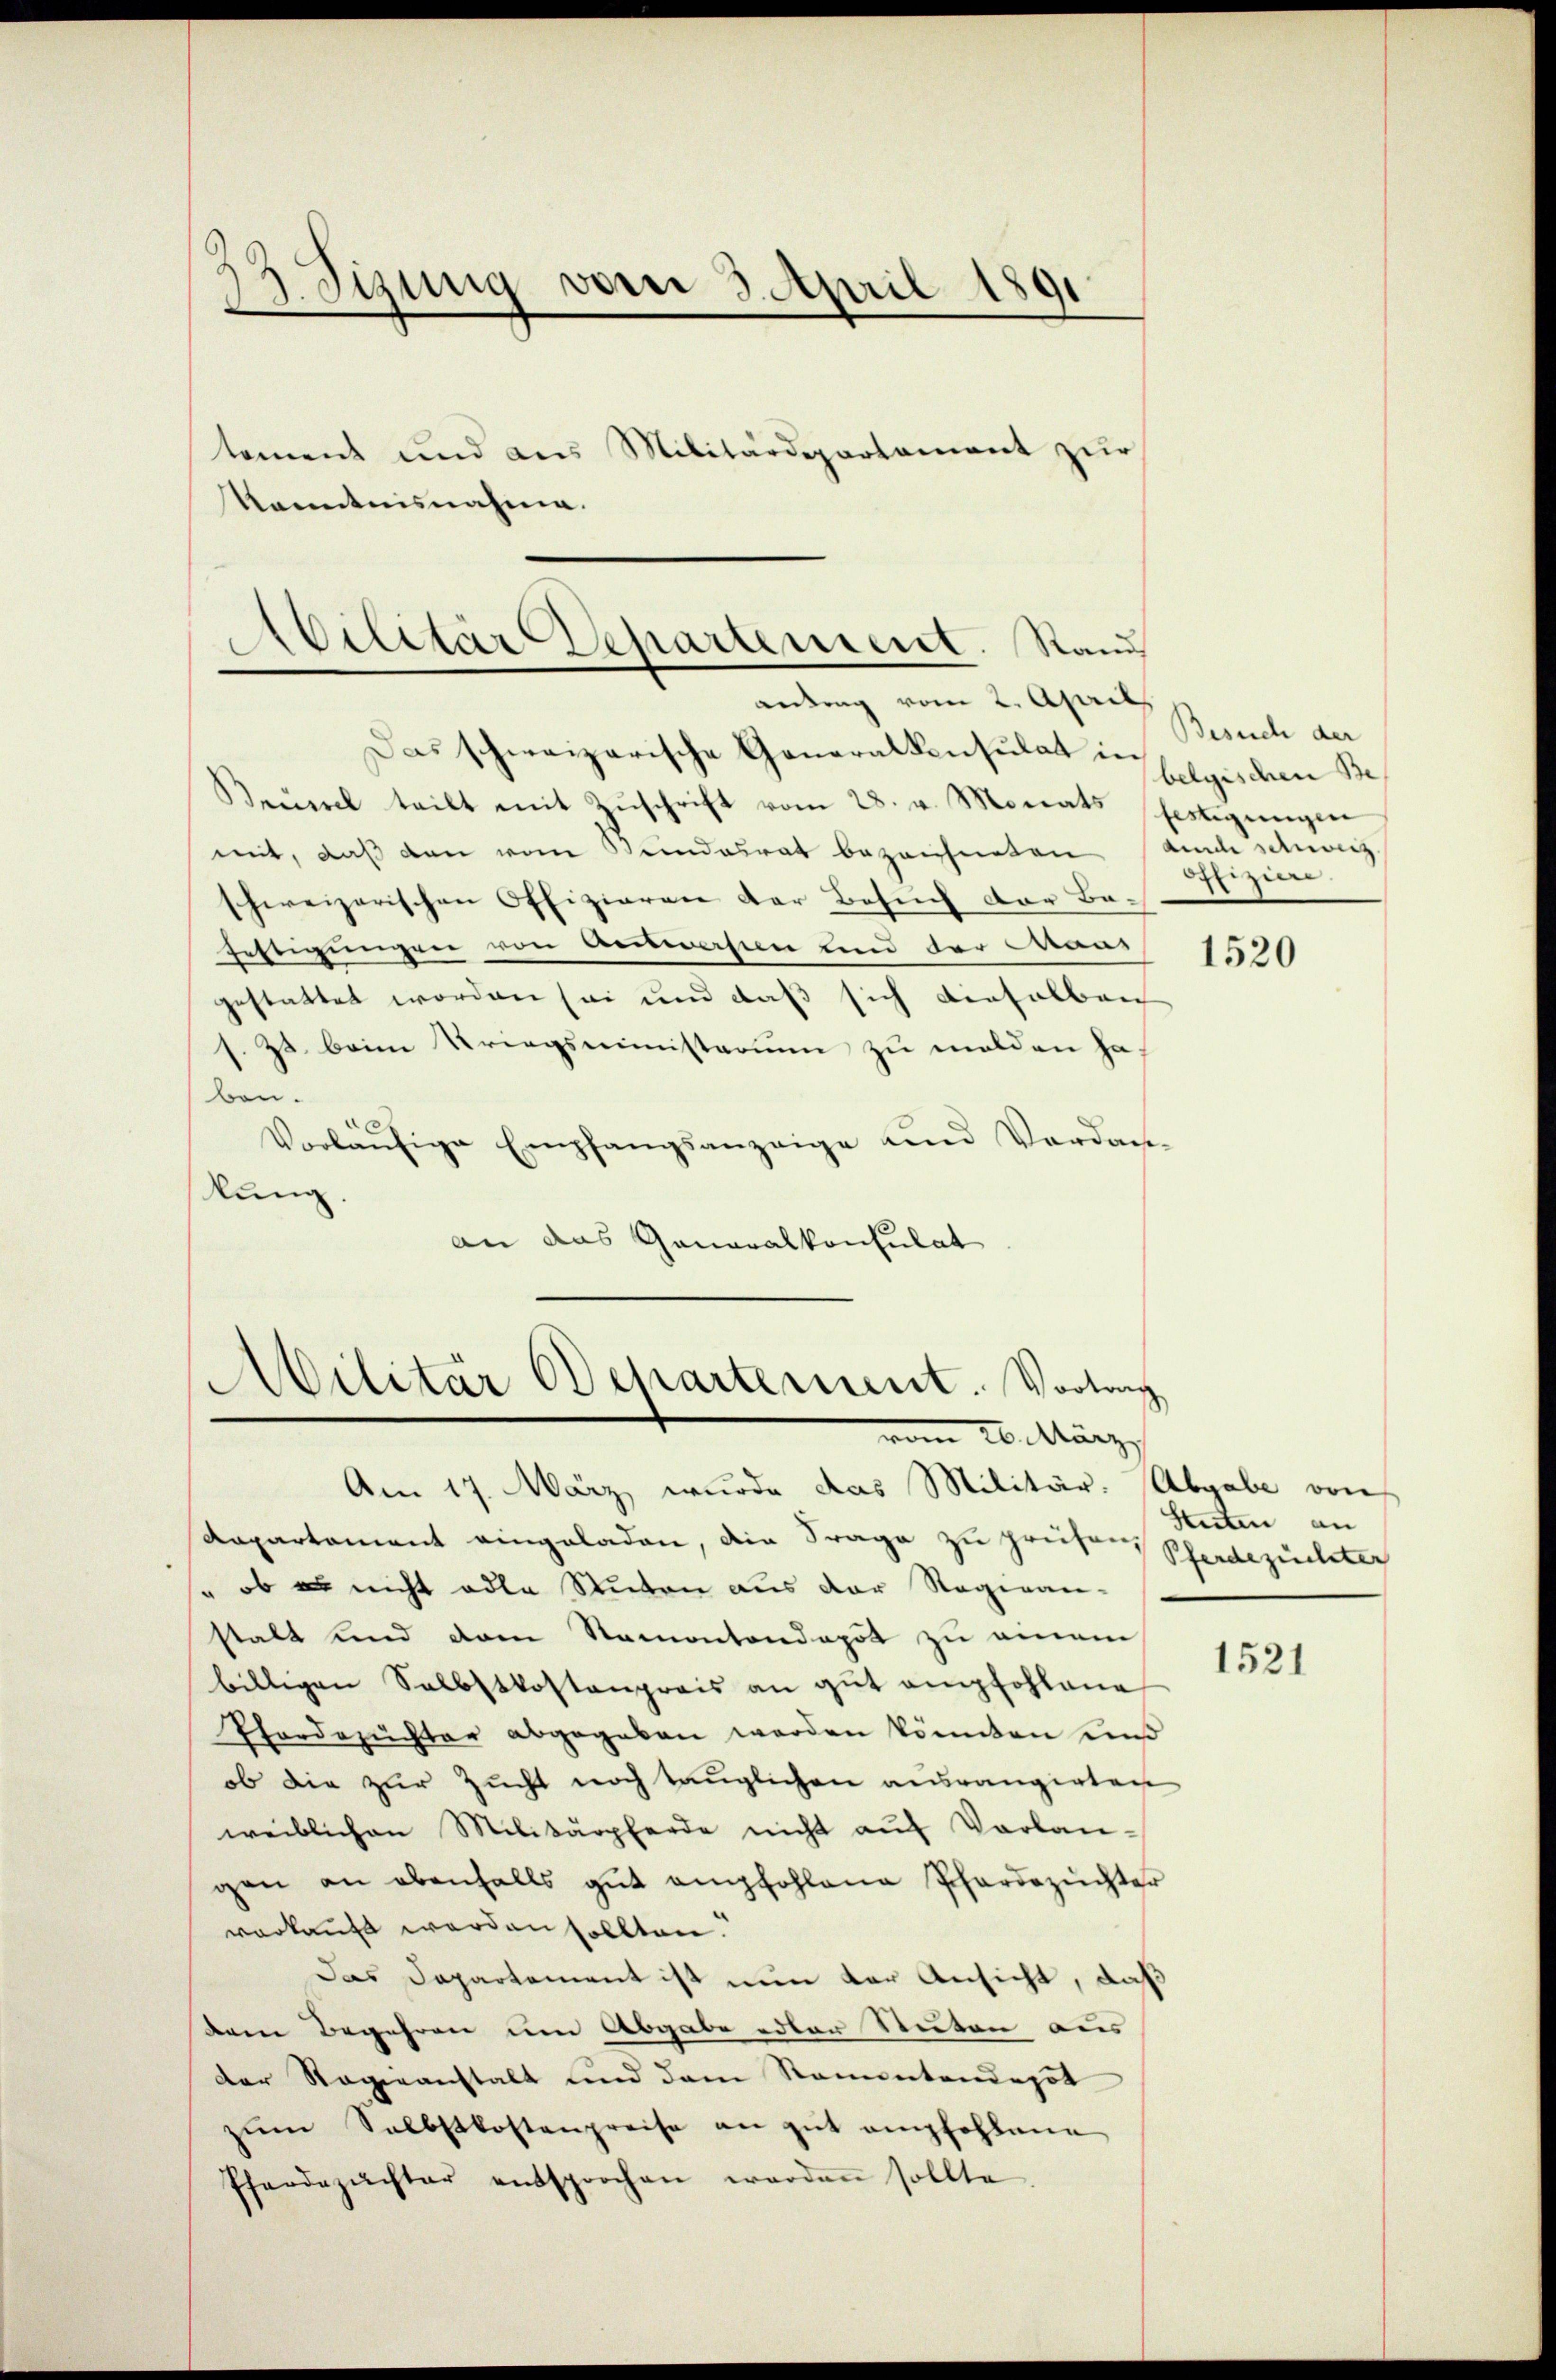
13. Sizung vom 3. April 1891

tement und aus Militärdepartament zur
Kanntnisnahme.

Das schweizerische Generalkonsulat in
Brügel teilt mit Zuschrift vom 28. v. Monats fertigungen
mit, daß den vom Bundesrat bezeichneten auch schweiz.
schweizerischen Offizieren der Besuch der Befestigungen von Auswesen sind der Mans
gestattet worden sei und daß sich dieselben
1. Zs. beim Kriegsministerium zu melden haben.
Vorläŭfige Empfangsanzeige und Verdan-
kung.
an das Generalkonsulat

Abilitär Departement. Sand
antrag vom 2. April

Militär Departement. Vortrag
 März

Am 17. März wurde das Militär. Abgabe von
Rapartament eingeladen, die Frage zu frühren Pferdezüchter
so, ob es nicht oder Stuten aus der Regiean-
stalt und dem Stamontendepot zu einem
billigen Selbstkostenpreis an gut empfohlene
Pfordezüchter abgegeben werden könnten uns
ob die zur Zucht noch tauglichen ausrangirten
weiblichen Militärpferde nicht aŭf Vorlangen an ebenfalls gut empfohlene Phardezüchter
verkauft werden sollten.
Das Departement ist nun der Ansicht, daß
dem Begehren um Abgabe edler Stuten aus
der Regieanstalt und dem Namentendepot
zŭm Selbstkostenpreise an gut empfohlene
Pferdezüchter entsprochen werden sollte

Besuch der
belgischen Be¬
Offiziere.

1520

Stuten an

1521